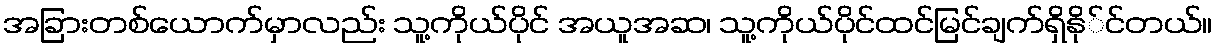
အခြားတစ်ယောက်မှာလည်း သူ့ကိုယ်ပိုင် အယူအဆ၊ သူ့ကိုယ်ပိုင်ထင်မြင်ချက်ရှိနို်င်တယ်။